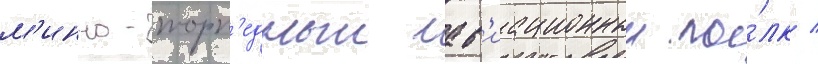
м'инно-торп'едныи ав'иационныи по́лк /